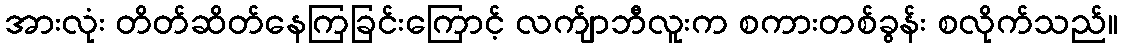
အားလုံး တိတ်ဆိတ်နေကြခြင်းကြောင့် လက်ျာဘီလူးက စကားတစ်ခွန်း စလိုက်သည်။